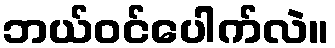
ဘယ်ဝင်ပေါက်လဲ။